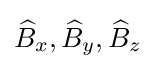
{\widehat {B}}_{x},{\widehat {B}}_{y},{\widehat {B}}_{z}